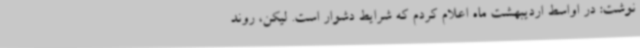
نوشت: در اواسط اردیبهشت ماه اعلام کردم که شرایط دشوار است. لیکن، روند